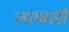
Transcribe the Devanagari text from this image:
लाम्बार्डी